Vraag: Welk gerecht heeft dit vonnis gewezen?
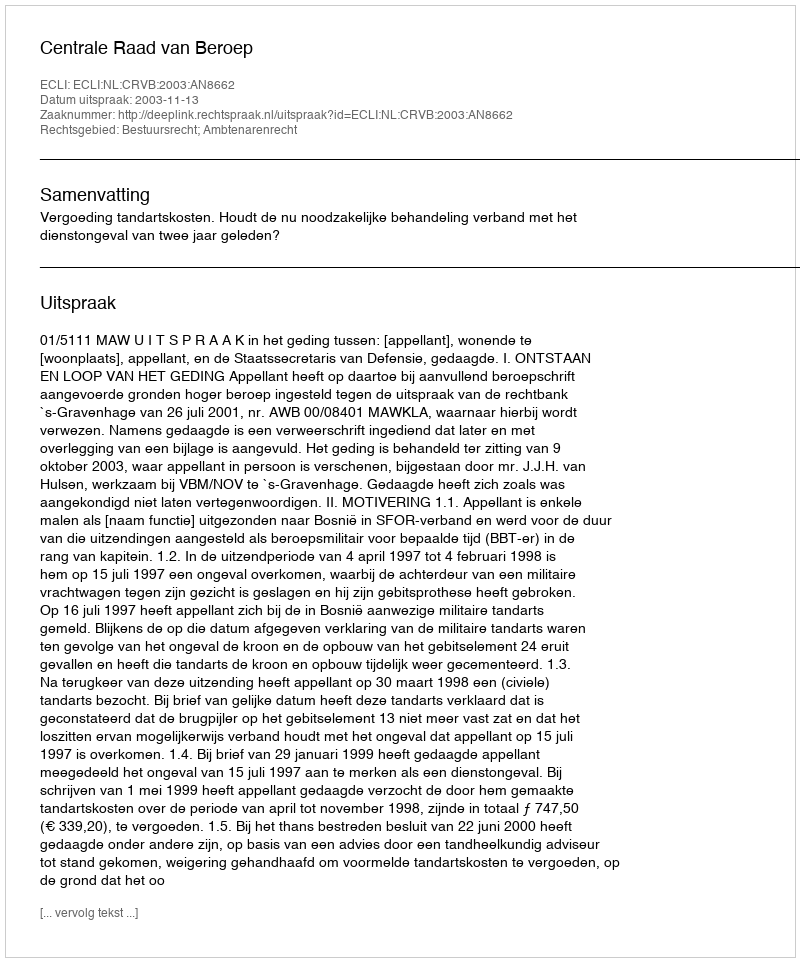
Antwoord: Centrale Raad van Beroep